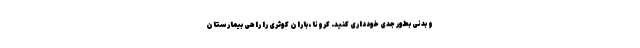
و بدنی بطور جدی خودداری کنید. کرونا، باران کوثری را راهی بیمارستان